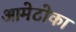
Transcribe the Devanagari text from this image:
आमेटोका